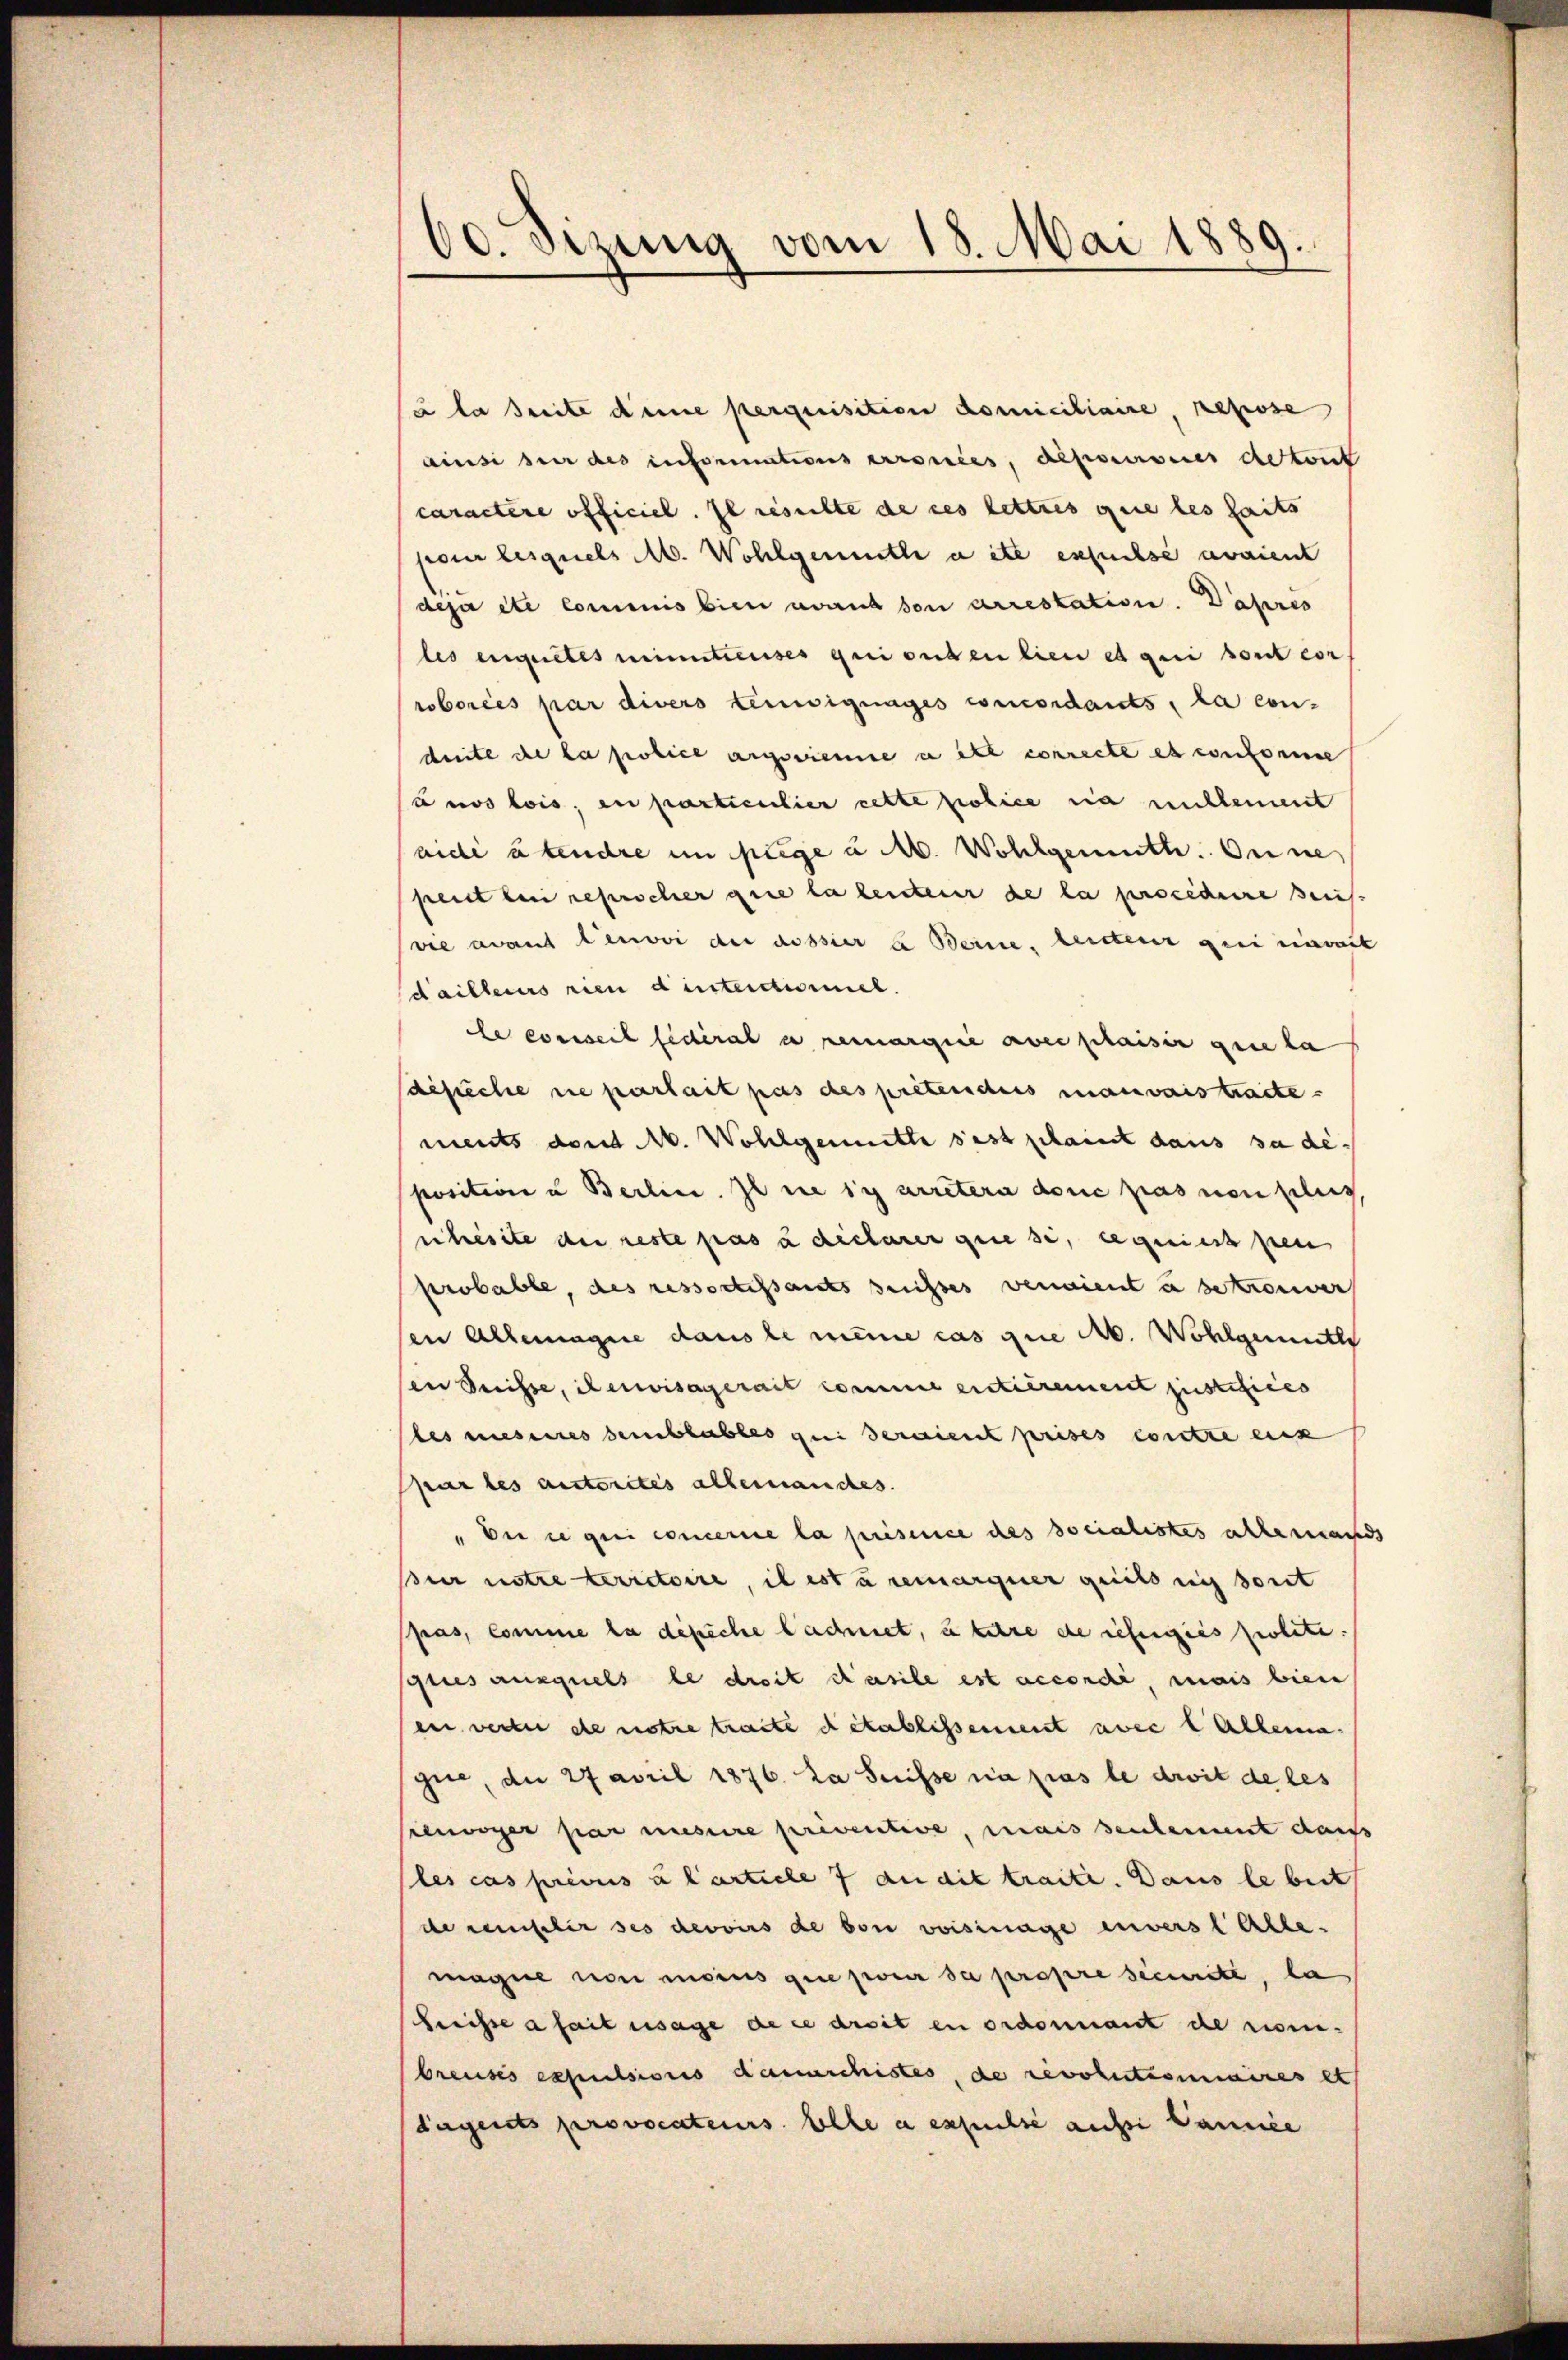
60. Sizung vom 18. Mai 1889.

(à la treite dene perquisition domiciliaire, repose
ainsi sur des informations Arronces, deponieres detont
caractère officiel. Il resulte de ces lettres que les heits
hour lesquels M. Wohlgemuthe aite ersuchse avaient
deja etc Commis bien avant son arrestation. Dahres
les eignetes meintreuses qui enden lien es geri sont cor
roborées par divers Lemwignages concordants, la con-
drite de la police angezieme a et correcte es conforme
sanos lois, en particulier cette police sia michlement
aide u tendre im juge u. M. Wohlgemuth. Oune
peit ein reprocher que la leiterer de la procedure eins
vie avant envoi der aussier a Berne, leiterer geri einweit
dailleurs rien d intertissmel.
le conseil fédéral a remargie aber plaisi que la
besuche nie parfait pas des prétenders mauvaistracte.
ments dont M. Wohlgemütte sest plant dans sa de-
positione u Berlin. Il ne sy arretera donc pas non plus
uhesite der reste pas à déclarer que si, eigniert pen
probable, des ressortissants suisses veraient u betrouver
en Allemagnie dans le meine cas que ab. Wohlgemuth
en Suisse, il erwisagerait comme enticrement justifices
bes mesures semblables qui seraient prises contre eux
Ppar les autorités alleinandes.
" Dir in geei concerne la présence des socialistes allemand
ur notre territoire, il est u remarquer geeilt sich sont
pas, comme la dépiche lachnet, u titre de refergies polit.
pries auxquels le droit Kasile est accordi, mais bien
ei weiter de notre traite detablissement avec l Allema
gi, da 27 April 1876. La Suisse sa pas le droit de les
sloger par mesure priventive, mais seulement dass
les cas prévus u Carticle 7 an die traite. Dans le beit
de rember ses devoirs de von voisinage enverst alle.
magne von moins que pour da propre securite, la
Kreisse a fait usage de ce droit en ordonnant de nomibreuses expulsionis damaschistes, de revolutionaires et
dagents provocateurs. Elle a expulse aussi Cance